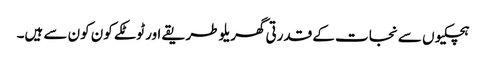
ہچکیوں سے نجات کے قدرتی گھریلو طریقے اور ٹوٹکے کون کون سے ہیں۔